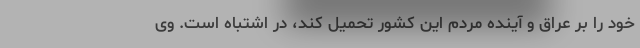
خود را بر عراق و آینده مردم این کشور تحمیل کند، در اشتباه است. وی